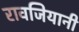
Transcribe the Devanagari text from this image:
रावजियानी